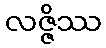
လဇ္ဇိဿ